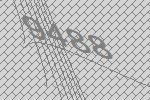
9488